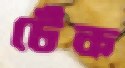
টেঁক